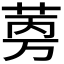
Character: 𬜼